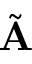
\tilde { \mathbf A }